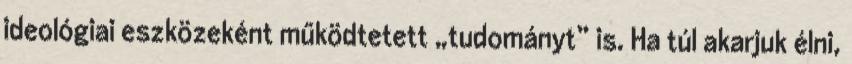
ideológiai eszközeként működtetett „tudományt” is. Ha túl akarjuk élni,